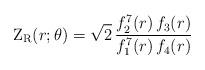
LaTeX: \begin{align*}{\rm Z}_{{\rm R}}(r;\theta ) = \sqrt{2} \,{f_2^{7}(r)\,f_3(r) \over f_1^{7}(r)\,f_4(r)}\end{align*}